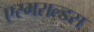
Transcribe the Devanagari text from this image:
एस्मराल्डस